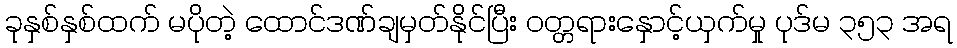
ခုနှစ်နှစ်ထက် မပိုတဲ့ ထောင်ဒဏ်ချမှတ်နိုင်ပြီး ဝတ္တရားနှောင့်ယှက်မှု ပုဒ်မ ၃၅၃ အရ